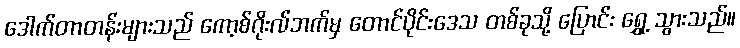
ဒေါက်တာတန်းများသည် ကော့စ်ဂိုးလ်ဘက်မှ တောင်ပိုင်းဒေသ တစ်ခုသို့ ပြောင်း ရွှေ့ သွားသည်။